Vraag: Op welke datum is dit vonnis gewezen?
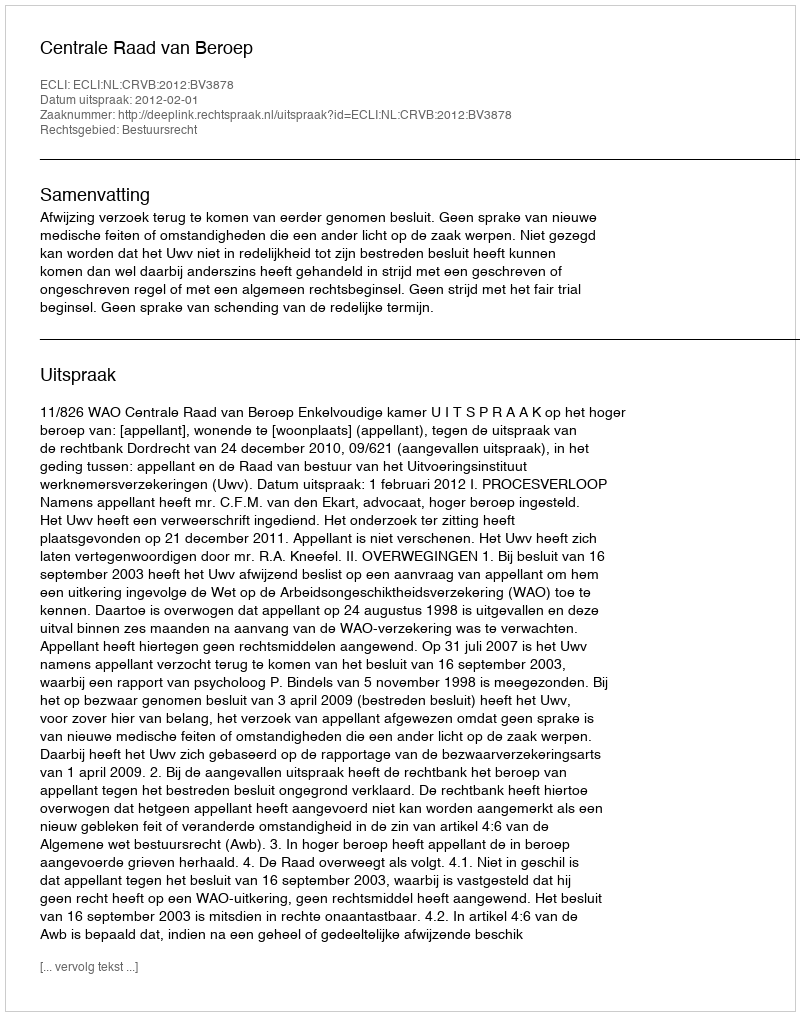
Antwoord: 2012-02-01